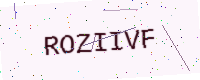
Text: ROZIIVF